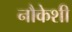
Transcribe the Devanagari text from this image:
नौकेशी